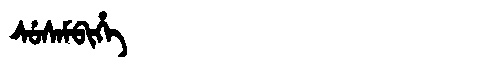
Manchu: ᠰᡠᠰᠠᠮᠪᡳᡥᡝ
Romanization: SUSAMBIHE